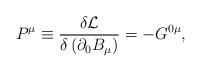
LaTeX: \begin{align*}P^{\mu }\equiv \frac{\delta \mathcal{L}}{\delta \left( \partial _{0}B_{\mu}\right) }=-G^{0\mu }, \end{align*}